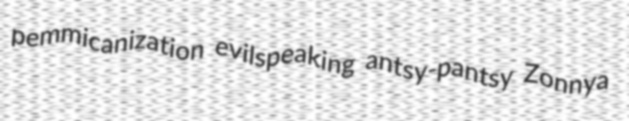
pemmicanization evilspeaking antsy-pantsy Zonnya